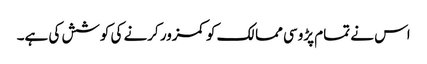
اس نے تمام پڑوسی ممالک کو کمزور کرنے کی کوشش کی ہے۔